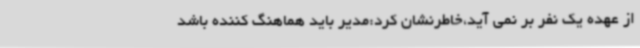
از عهده یک نفر بر نمی آید،خاطرنشان کرد:مدیر باید هماهنگ کننده باشد